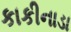
કાકીનાડા